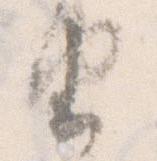
由